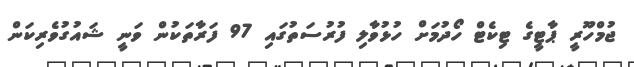
ޖުމްހޫރީ ޕާޓީގެ ޓިކެޓް ހޯދުމަށް ހުޅުވާލި ފުުރުސަތުގައި 97 ފަރާތަކުން ވަނީ ޝައުގުވެރިކަން